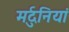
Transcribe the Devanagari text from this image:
मर्दुनियां